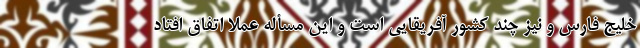
خلیج فارس و نیز چند کشور آفریقایی است و این مسأله عملا اتفاق افتاد